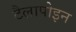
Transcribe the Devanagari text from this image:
टैलापोइन